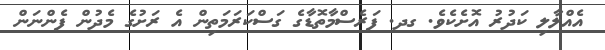
އެއްލާލި ކަދުރު އޮށެކެވެ. ގދ. ފަރެސްމާތޮޑާގެ ގަސްކަރަމަތިން އެ ރަށުގެ މެދުން ފެންނަން